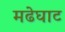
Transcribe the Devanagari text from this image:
मढेघाट